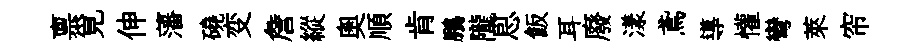
禀覓伸藩磽变詹縱奥順肯鵬隴㤙飯耳廢漾鳶導懽彎萊帘